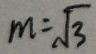
m = \sqrt { 3 }